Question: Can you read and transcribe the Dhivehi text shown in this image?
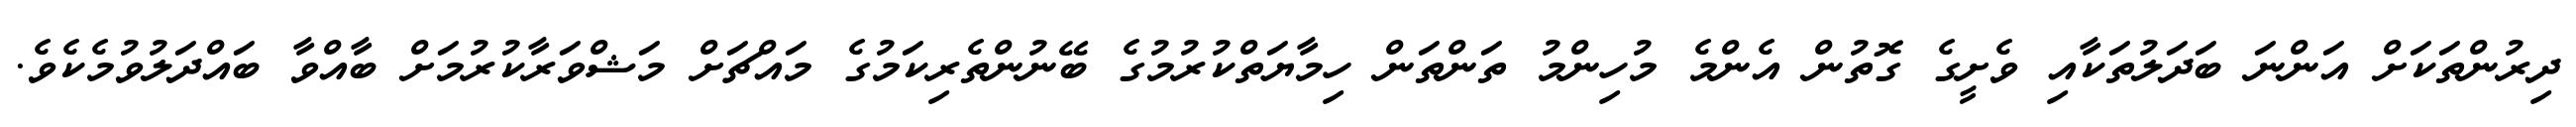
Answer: ދިރުންތަކަށް އަންނަ ބަދަލުތަކާއި ވެށީގެ ގޮތުން އެންމެ މުހިންމު ތަންތަން ހިމާޔަތްކުރުމުގެ ބޭނުންތެރިކަމުގެ މައްޗަށް މަޝްވަރާކުރުމަށް ބާއްވާ ބައްދަލުވުމެކެވެ.